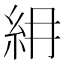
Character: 𥾢